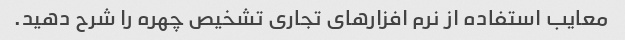
معایب استفاده از نرم افزارهای تجاری تشخیص چهره را شرح دهید.